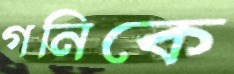
গনিকে